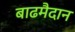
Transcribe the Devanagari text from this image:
बाढमैदान